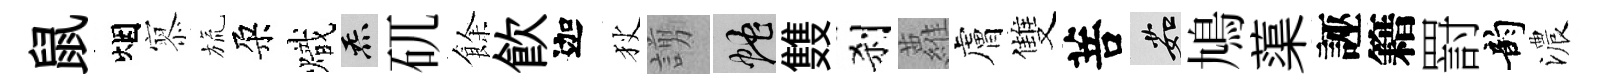
鼠烟𡪹旒朶熾炁矹餘飮迦狄謭蛇䨇刹蘿膚雙菩茹鳩蕖誣籍罸韵濃